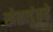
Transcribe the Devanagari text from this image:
खेळाडूंकढे